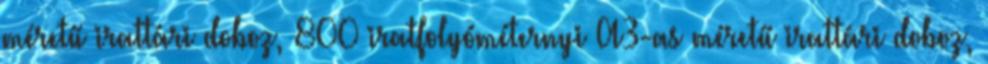
méretű irattári doboz, 800 iratfolyóméternyi A3-as méretű irattári doboz,